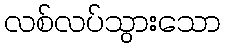
လစ်လပ်သွားသော